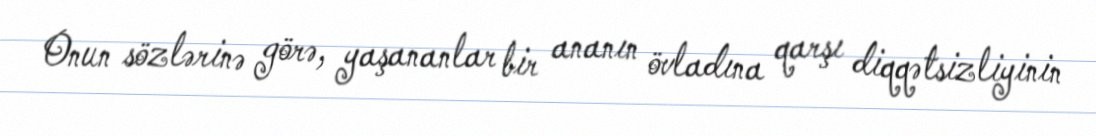
Onun sözlərinə görə, yaşananlar bir ananın övladına qarşı diqqətsizliyinin